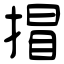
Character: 𢯾